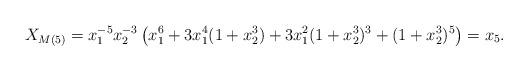
LaTeX: \begin{align*}X_{M(5)} = x_1^{-5}x_2^{-3} \left( x_1^6 + 3x_1^4(1+ x_2^3) + 3x_1^2(1 + x_2^3)^3 + (1 + x_2^3)^5 \right) = x_5.\end{align*}